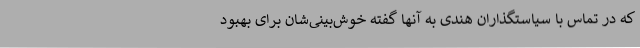
که در تماس با سیاستگذاران هندی به آنها گفته خوش‌بینی‌شان برای بهبود